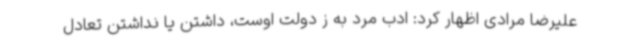
علیرضا مرادی اظهار کرد: ادب مرد به ز دولت اوست، داشتن یا نداشتن تعادل